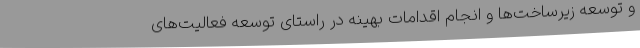
و توسعه زیرساخت‌ها و انجام اقدامات بهینه در راستای توسعه فعالیت‌های